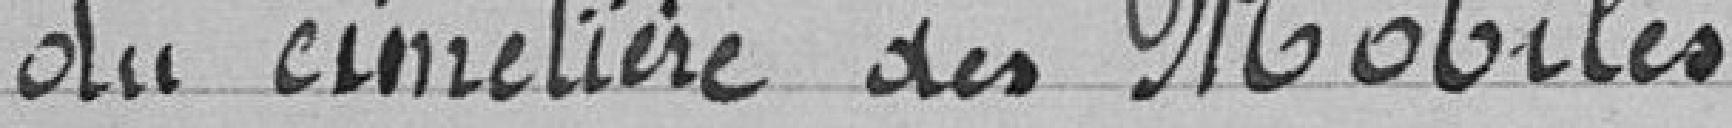
du cimetière des mobiles